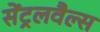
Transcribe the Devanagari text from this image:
सेंट्रलवैल्स